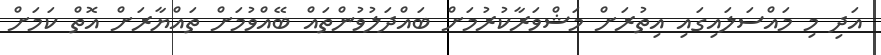
އަދި މި މައްސަލައިގައި އިތުރަށް މަޝްވަރާކުރުމަށް ބައްދަލުވުންތައް ބޭއްވުމަށް ތައްޔާރަށް އޮތް ކަމަށް